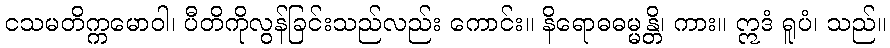
ငသမတိက္ကမောဝါ၊ ပီတိကိုလွန်ခြင်းသည်လည်း ကောင်း။ နိရောဓဓမ္မန္တိ၊ ကား။ ဣဒံ ရူပံ၊ သည်။